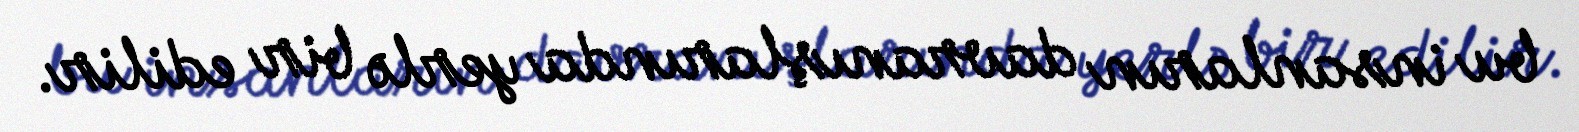
bu insanların davranışlarında yerlə bir edilir.